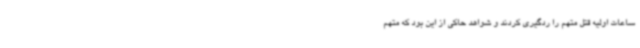
ساعات اولیه قتل متهم را ردگیری کردند و شواهد حاکی از این بود که متهم